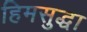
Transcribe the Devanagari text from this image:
हिमसुद्धा